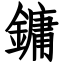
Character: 鏞